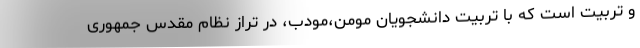
و تربیت است که با تربیت دانشجویان مومن،مودب، در تراز نظام مقدس جمهوری